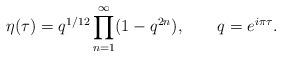
LaTeX: \begin{align*}\eta(\tau) = q^{1/12}\prod_{n=1}^{\infty}(1-q^{2n}),\qquad q = e^{{i\pi\tau}}.\end{align*}